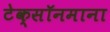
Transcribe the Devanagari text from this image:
टेक्सॉनमाना